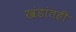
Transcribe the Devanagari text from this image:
खंडांतही